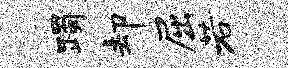
躅却屈若